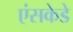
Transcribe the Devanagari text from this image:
एंसकेडे